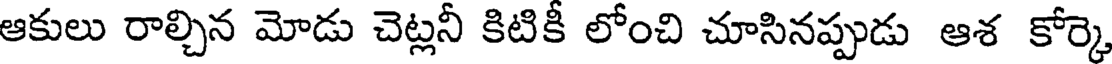
ఆకులు రాల్చిన మోడు చెట్లనీ కిటికీ లోంచి చూసినప్పుడు ఆశ కోర్కె